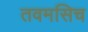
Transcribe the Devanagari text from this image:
तवमसिच